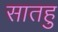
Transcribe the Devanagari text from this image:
सातहु